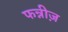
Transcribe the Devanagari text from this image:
फन्नीज़